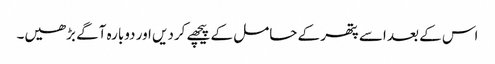
اس کے بعد اسے پتھر کے حامل کے پیچھے کردیں اور دوبارہ آگے بڑھیں۔